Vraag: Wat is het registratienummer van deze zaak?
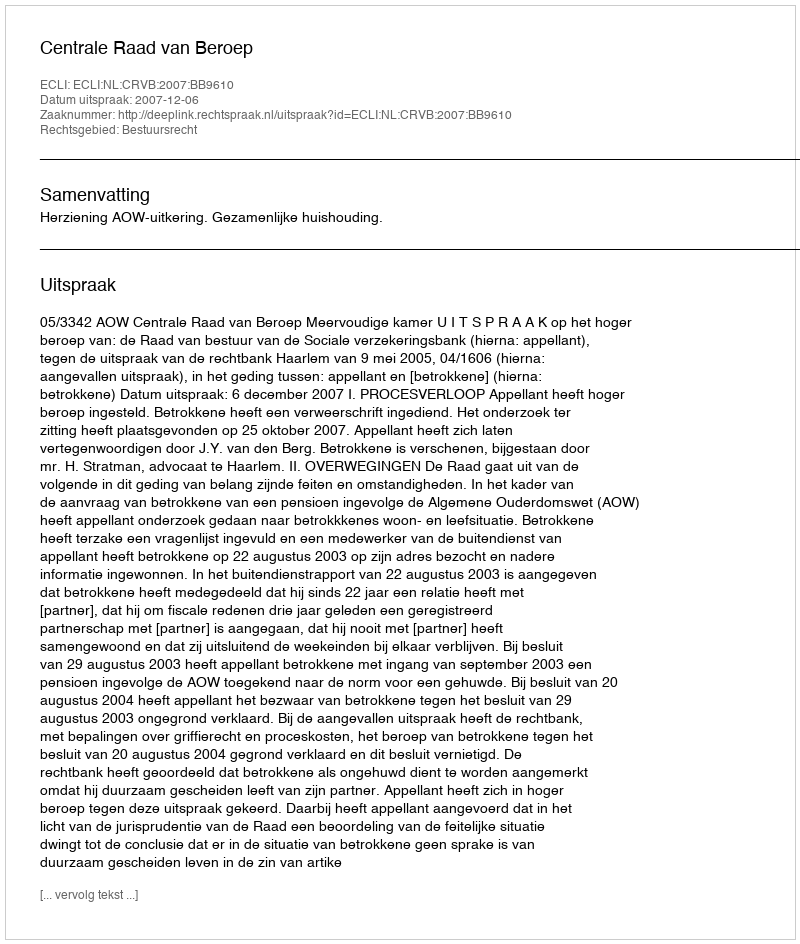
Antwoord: http://deeplink.rechtspraak.nl/uitspraak?id=ECLI:NL:CRVB:2007:BB9610